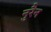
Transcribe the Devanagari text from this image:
नुरैन